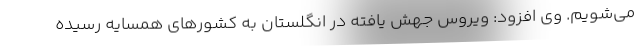
می‌شویم. وی افزود: ویروس جهش یافته در انگلستان به کشورهای همسایه رسیده